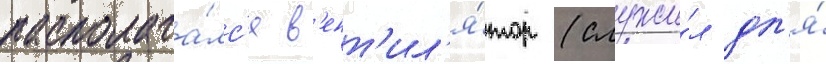
располага́лс'я в'ент'ил'я́тор (служи́л дл'я́